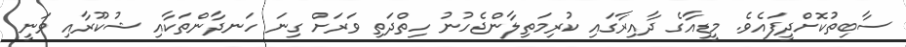
ސާބިތުކޮށްދީފައެވެ. މީޑިއާގެ ދާއިރާގައި ކުރިމަތިލާންޖެހުނު ހިތްދަތި ވަަރަށް ގިނަ ހަނދާންތަކާއި ޝުކޫރާއި ވަނީ